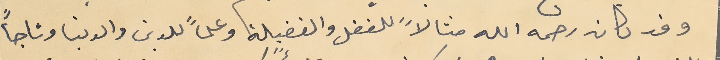
وقد كان رحمه الله مثالاً للفضل والفضيلة وعلماً للدين والدنيا وتاجاً